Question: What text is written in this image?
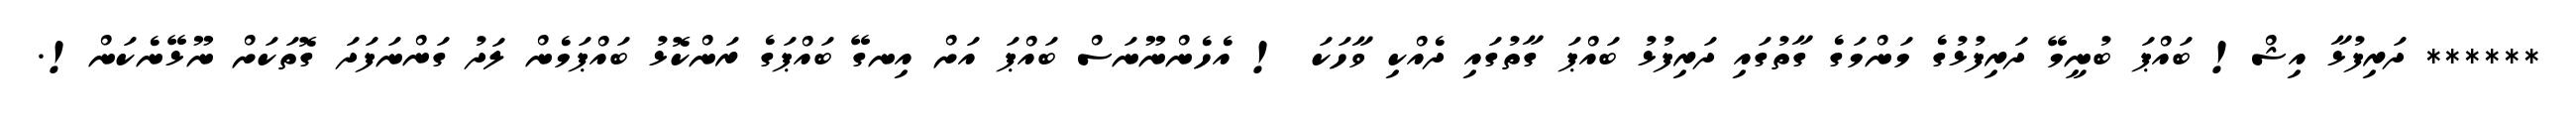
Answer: ****** ދަރިފުޅާ އިޝް! ބައްޕަ ބުނީމޭ ދަރިފުޅުގެ މަންމަގެ ގާތުގައި ދަރިފުޅު ބައްޕަ ގާތުގައި ދެއްކި ވާހަކަ ! އެހެންނޫނަސް ބައްޕަ އަށް އިނގޭ ބައްޕަގެ ރަންކޮޅު ބައްޕަމެން ލަދު ގަންނަފަދަ ގޮތަކަށް ނޫޅޭނެކަން!.